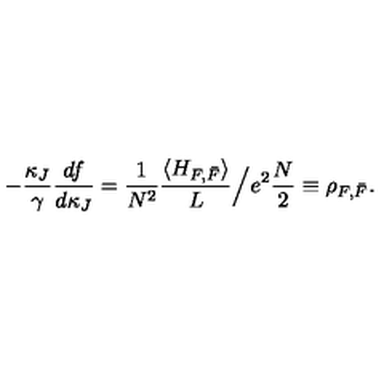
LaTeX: - \frac { \kappa _ { J } } { \gamma } \frac { d f } { d \kappa _ { J } } = \frac { 1 } { N ^ { 2 } } \frac { \langle H _ { F , \bar { F } } \rangle } { L } \Big / e ^ { 2 } \frac { N } { 2 } \equiv \rho _ { F , \bar { F } } .